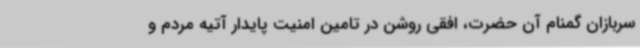
سربازان گمنام آن حضرت، افقی روشن در تامین امنیت پایدار آتیه مردم و